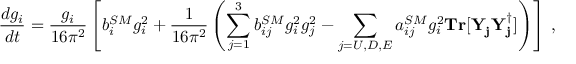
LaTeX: { \frac { d g _ { i } } { d t } } = { \frac { g _ { i } } { 1 6 \pi ^ { 2 } } } \left[ b _ { i } ^ { S M } g _ { i } ^ { 2 } + { \frac { 1 } { 1 6 \pi ^ { 2 } } } \left( \sum _ { j = 1 } ^ { 3 } b _ { i j } ^ { S M } g _ { i } ^ { 2 } g _ { j } ^ { 2 } - \sum _ { j = U , D , E } a _ { i j } ^ { S M } g _ { i } ^ { 2 } { \bf T r } [ { \bf Y _ { j } ^ { } Y _ { j } ^ { \dagger } } ] \right) \right] \; ,